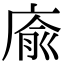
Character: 㢏